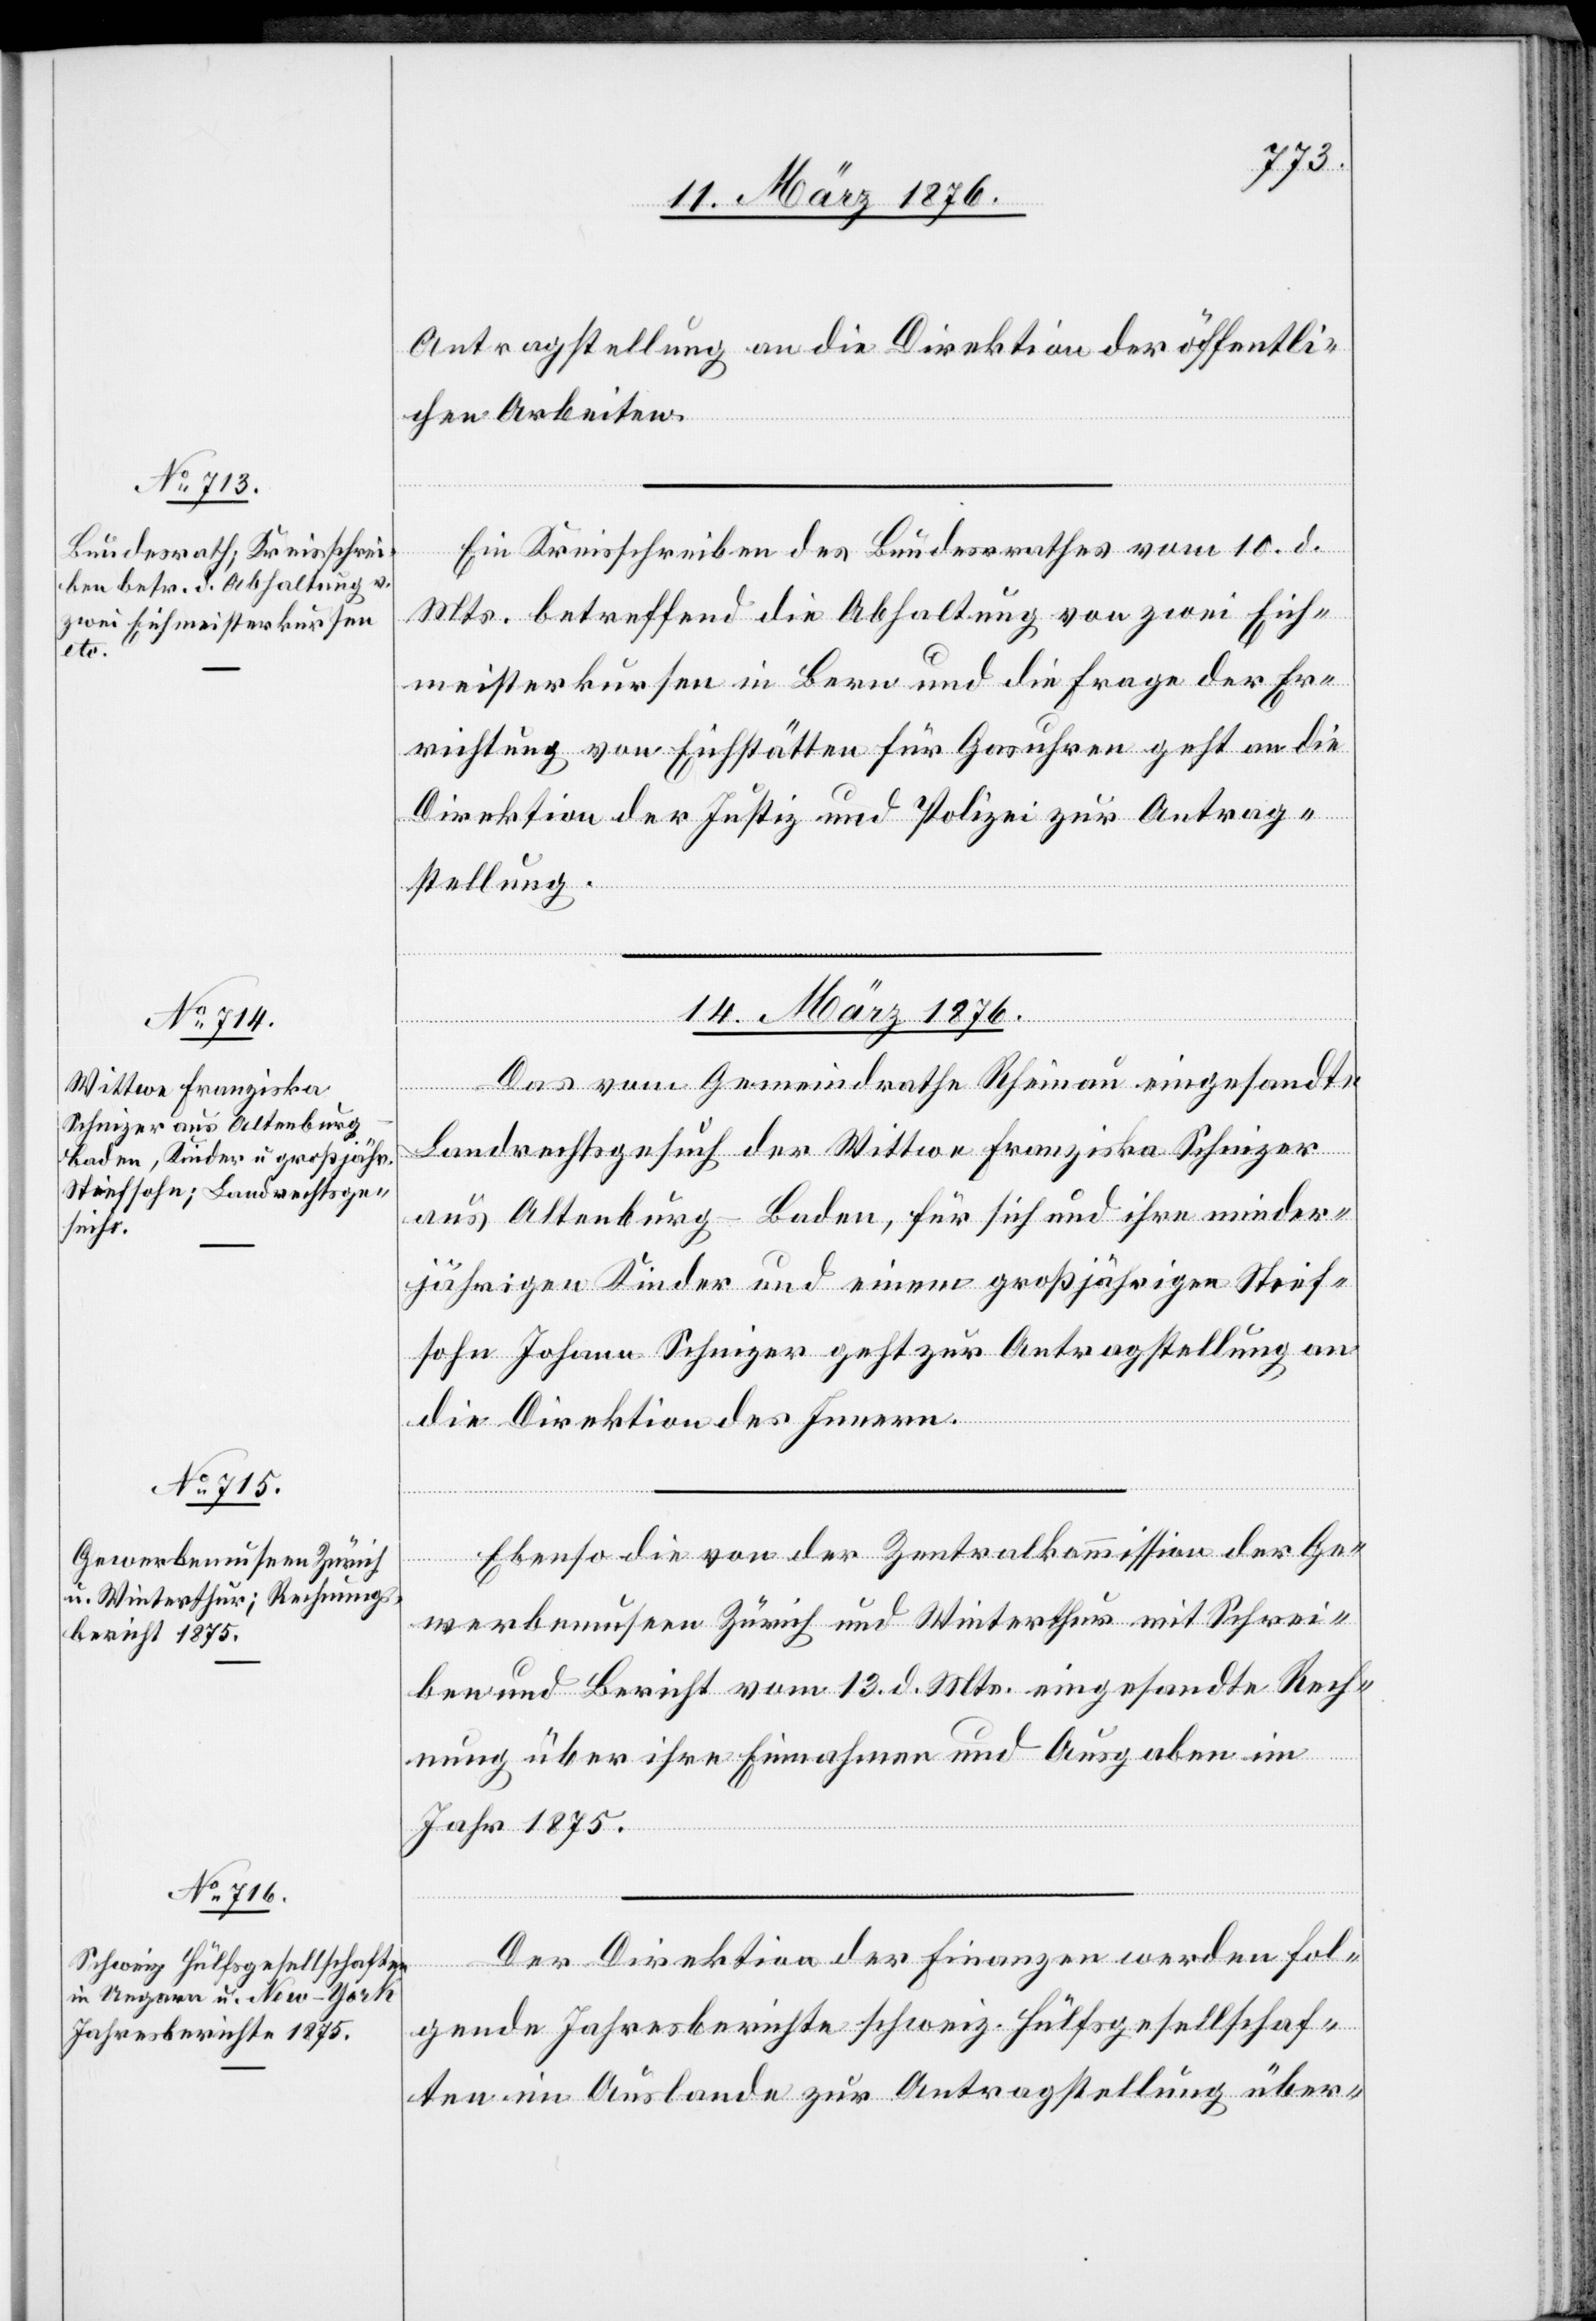
Antragstellung an die Direktion der öffentli¬
chen Arbeiten.
Ein Kreisschreiben des Bundesrathes vom 10. d.
Mts. betreffend die Abhaltung von zwei Eich¬
meisterkursen in Bern und die Frage der Er¬
richtung von Eichstätten für Gasuhren geht an die
Direktion der Justiz und Polizei zur Antrag¬
stellung.
14. März 1876.]
Das vom Gemeindrathe Rheinau eingesandte
Landrechtsgesuch der Wittwe Franziska Schnizer
aus Altenburg-Baden, für sich und ihre minder¬
jährigen Kinder und einem großjährigen Stief¬
sohn Johann Schnizer geht zur Antragstellung an
die Direktion des Innern.
Ebenso die von der Zentralkommission der Ge¬
werbemuseen Zürich und Winterthur mit Schrei¬
ben und Bericht vom 13. d. Mts. eingesandte Rech¬
nung über ihre Einnahmen und Ausgaben im
Jahr 1875.
Der Direktion der Finanzen werden fol¬
gende Jahresberichte schweiz. Hülfsgesellschaf¬
ten im Auslande zur Antragstellung über-